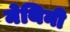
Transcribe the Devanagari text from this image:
मेथिनी